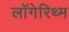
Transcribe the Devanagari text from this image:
लॉगेरिथ्म